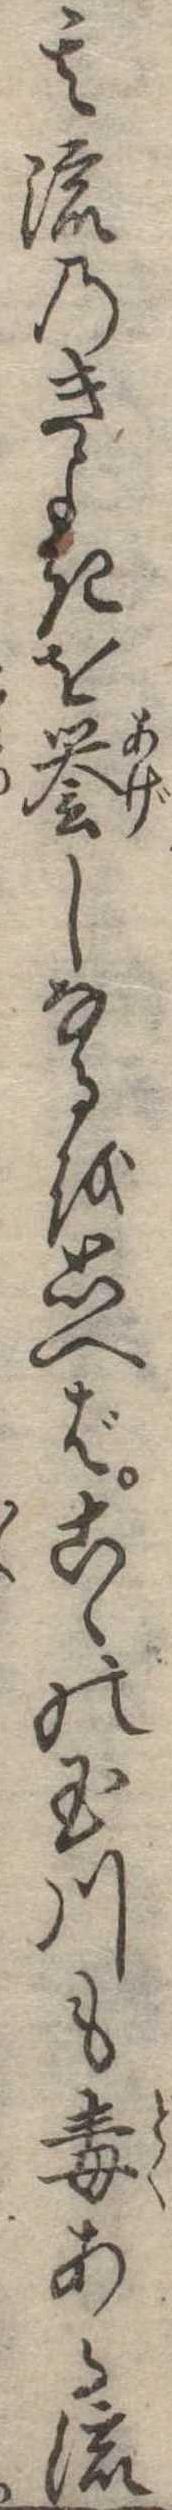
其流のきよきを誉しなるを思へばこゝの玉川も毒ある流